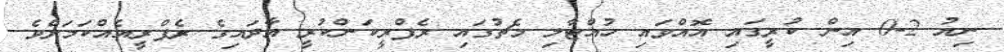
ނިއު 2-0 އިން ކުރީގައި އޮއްވައި ހުއްޓާލި މެޗުގައި ރެފްރީކަންކުރީ އާދައިގެ ރެފްރީއެއްކަމަށްވެ